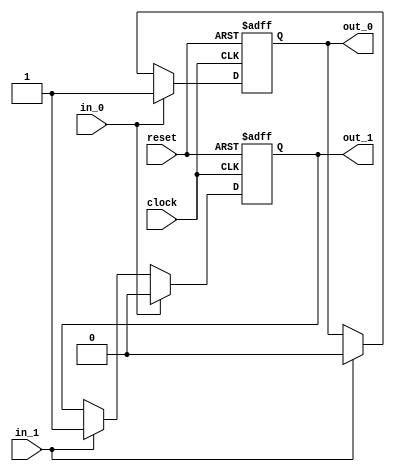
module arbiter (clock, reset, in_0, in_1, out_0, out_1);
input clock, reset, in_0, in_1;
output out_0, out_1;
reg out_0, out_1;
always@(posedge clock or posedge reset)
if (reset) begin
out_0 <= 0;
out_1 <= 0;
end 
else if(in_0) begin
out_0 <=1;
out_1 <=0;
end
else if(in_1) begin
out_0 <=0;
out_1 <=1;
end
endmodule

module arbiter_tb();
reg clock, reset, in0, in1;
wire out0, out1;
initial begin
$monitor("in0=%b, in1=%b, out0=%b, out=%b", in0, in1, out0, out1);
clock=0;
reset=0;
in0=0;
in1=0;
#5 reset=1;
#15 reset=0;
#10 in0=1;
#10 in0=0;
#10 in1=1;
#10 in1=0; 
#10 {in0,in1}=2'b11;
#10 {in0, in1}=2'b00;
#10 $finish;
end

always begin
#5 clock = !clock;
end

arbiter U0(.clock (clock), .reset(reset), .in_0(in0), .in_1(in1), .out_0(out0), .out_1(out1));
endmodule